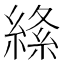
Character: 𦃡